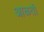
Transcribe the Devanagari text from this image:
आळती